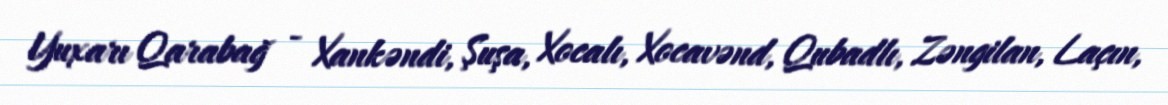
Yuxarı Qarabağ - Xankəndi, Şuşa, Xocalı, Xocavənd, Qubadlı, Zəngilan, Laçın,